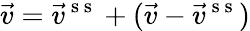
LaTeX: \vec{v}=\vec{v}^{\mathrm{~s~s~}}+(\vec{v}-\vec{v}^{\mathrm{~s~s~}})